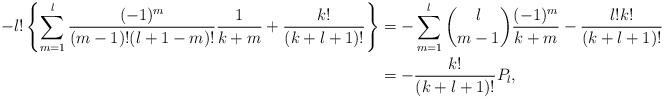
LaTeX: \begin{align*} -l!\left\{\sum_{m=1}^l\frac{(-1)^m}{(m-1)!(l+1-m)!}\frac{1}{k+m}+\frac{k!}{(k+l+1)!}\right\}&=-\sum_{m=1}^l\binom{l}{m-1}\frac{(-1)^m}{k+m}-\frac{l!k!}{(k+l+1)!}\\&=-\frac{k!}{(k+l+1)!}P_l,\end{align*}